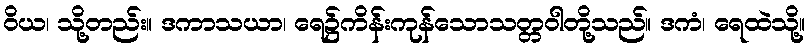
ဝိယ၊ သို့တည်း။ ဒကာသယာ၊ ရေ၌ကိန်းကုန်သောသတ္တဝါတို့သည်။ ဒကံ၊ ရေထဲသို့။